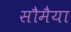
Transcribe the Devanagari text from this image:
सौमैया